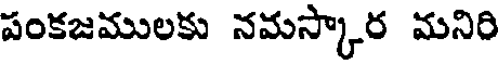
పంకజములకు నమస్కార మనిరి